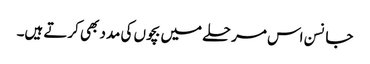
جانسن اس مرحلے میں بچوں کی مدد بھی کرتے ہیں۔